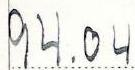
94.04